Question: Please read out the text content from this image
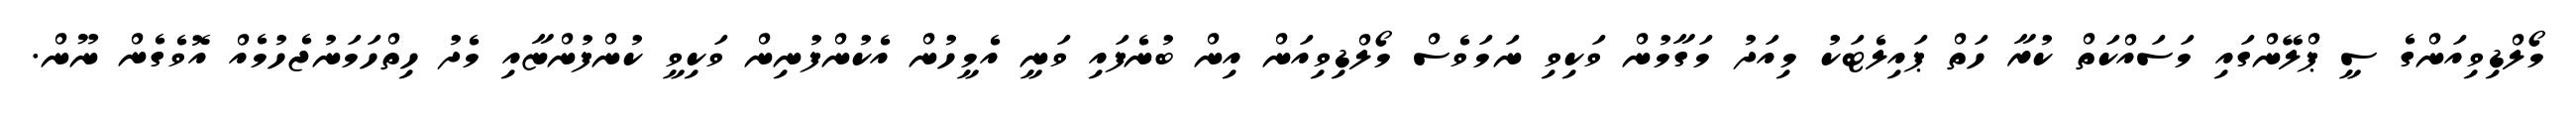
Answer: މޯލްޑިވިއަންގެ ސީ ޕްލޭންގައި މަސައްކަތް ކުރާ ހަތް ޕައިލެޓަކު މިއަދު މަގާމުން ވަކިވި ނަމަވެސް މޯލްޑިވިއަން އިން ބުނެފައި ވަނީ އެމީހުން އެކުންފުނިން ވަކިވީ ކުންފުންޏާއި މެދު ހިތްހަމަނުޖެހުމެއް އޮވެގެން ނޫން.